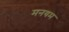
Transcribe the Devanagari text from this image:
मनयम